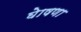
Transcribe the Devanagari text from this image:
घेाषणा